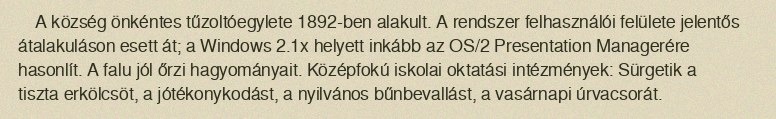
A község önkéntes tűzoltóegylete 1892-ben alakult. A rendszer felhasználói felülete jelentős átalakuláson esett át; a Windows 2.1x helyett inkább az OS/2 Presentation Managerére hasonlít. A falu jól őrzi hagyományait. Középfokú iskolai oktatási intézmények: Sürgetik a tiszta erkölcsöt, a jótékonykodást, a nyilvános bűnbevallást, a vasárnapi úrvacsorát.